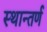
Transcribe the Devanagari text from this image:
स्थान्तर्ण